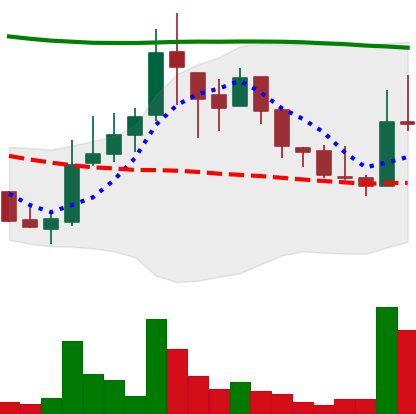
Ticker: LINK-USD
Chart end date: 2018-08-10
Forward return: -6.253%
Label: down_5_7